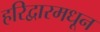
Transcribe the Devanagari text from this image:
हरिद्वारमधून